Annual report on the working of the lock hospitals in the Central Provinces
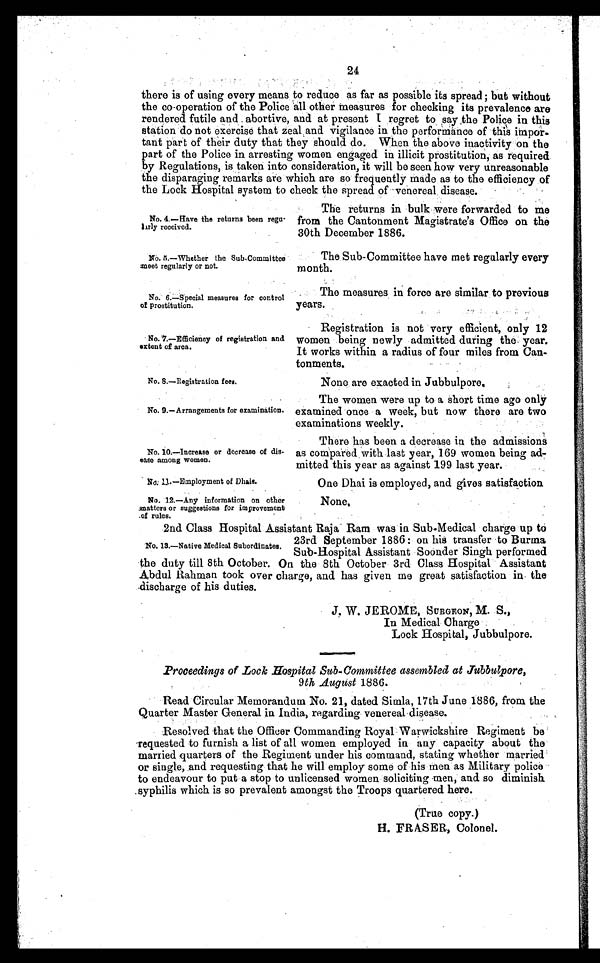
No. 4.—Have the returns been re
gularly received.
No. 5.—Whether the Sub.Committee
meet regularly or not.
No. 6.—Special measures for control
of prostitution.
No. 8.—Registration fees.
No. 9.—Arrangements for examination.
No. 10.—Increase or decrease of dis
ease among women.
No. 11.—Employment of Dhais.
No. 12.—Any information on other
matters or suggestions for improvement
.of rules.
24
there is of using every means to reduce as far as possible its spread; but wi t hout
the co-operation of the Police all other measures for checking its prevalence are
rendered futile and . abortive, and at present I regret to say the Police in this
station do not exercise that zeal and vigilance in the performance of this impor
tant part of their duty that they should do. When the above inactivity on the
part of the Police in arresting women engaged in illicit prostitution, as required
by Regulations, is taken into consideration, it will be seen how very unreasonable
the disparaging remarks are which are so frequently made as to the efficiency of
the Lock Hospital system to check the spread of venereal disease.
No. 7.—Eificiency of registration and
extent of area.
The returns in bulk were forwarded to me
from the Cantonment Magistrate's Office on the
30th December 1886.
The. Sub-Committee have met regularly every
month.
The measures in force are similar to previous
years.
Registration is not very efficient, only 12
women being newly admitted during the year.
It works within a radius of four miles from Can
torments.
None are exacted in Jubbulpore.
The women were up to a short time ago only
examined once a week, but now there are two
examinations weekly.
There has been a decrease in the admissions
as compared with last year, 169 women being ad
mitted this year as against 199 last year.
One Dhai is employed, and gives satisfaction
None.
2nd Class Hospital Assistant Raja Ram was in Sub-Medical charge up to
23rd September 1886 : on his transfer to Burma
Sub-Hospital Assistant Soonder Singh performed
the duty till 8th October. On the 8th October 3rd Class Hospital Assistant
Abdul Rahman took over charge, and has given me great satisfaction in the
discharge of his duties.
J. W. JEROME, SURGEON, M. S.,
In Medical Charge
Lock Hospital, Jubbulpore.
Proceedings of Look Hospital Sub-Committee assembled at Jubbulpore,
9 th August 1886.
Read Circular Memorandum No. 21, dated Simla, 17th June 1886, from the
Quarter Master General in India, regarding . venereal disease.
Resolved that the Officer Commanding Royal Warwickshire Regiment be
requested to furnish a list of all women employed in any capacity about the
married quarters of the Regiment under his command, stating whether married
or single, and requesting that he will employ some of his men as Military police
to endeavour to put a stop to unlicensed women soliciting men, and so diminish
syphilis which is so prevalent amongst the Troops quartered here.
(True copy.)
H. FRASER, Colonel.
No. 13.—Native Medical Subordinates.